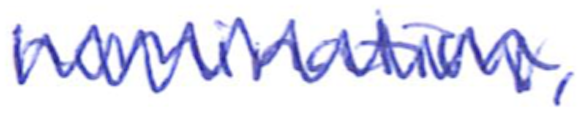
Text: nomination,
Cross-out: zig-zag
Writing tool: ballpoint